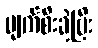
ပျက်စီးခဲ့ပြီး